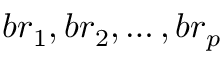
{ b r _ { 1 } , b r _ { 2 } , \ldots , b r _ { p } }